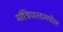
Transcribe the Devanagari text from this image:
माँत्रियालामधील